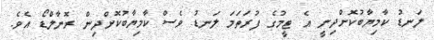
ލަނޑު ކާމިޔާބުކޮށްދިނީ އެ ޓީމުގެ ފުރަތަމަ ލަނޑު ވެސް ކާމިޔާބުކޮށްދިން ރޮނާލްޑޯ އެވެ.